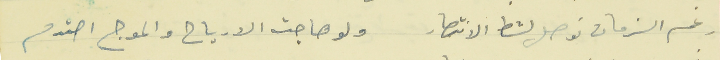
رغم الزمان نوصل لشط الانتصار                                  ولو هاجت الارياح والموج احتدم